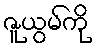
ဇူယွမ်ကို